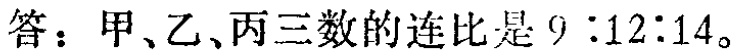
答：甲、乙、丙三数的连比是 \(9:12:14\)。